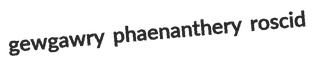
gewgawry phaenanthery roscid